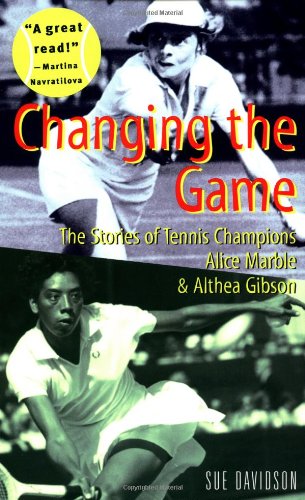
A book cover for Changing the Game: The Stories of Tennis Champions Alice Marble and Althea Gibson (Women Who Dared); Sue Davidson; Children's Books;